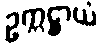
ဥက္ကဋ္ဌာယံ